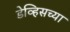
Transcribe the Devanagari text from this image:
डेव्हिसच्या